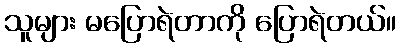
သူများ မပြောရဲတာကို ပြောရဲတယ်။